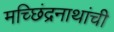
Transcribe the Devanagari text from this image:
मच्छिंद्रनाथांची